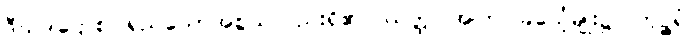
ဒီဃဒါဌောစ၊ ရှည်သောအစွယ်လည်းရှိ၏။ ယတ္ထ၊ အကြင်ခြင်္သေ့မျိုး၌။ ကုဉ္ဇရံ၊